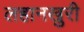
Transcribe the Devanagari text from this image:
लहानखुरी